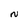
Character: N